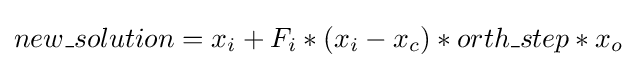
new\_solution=x_{i}+F_{i}*(x_{i}-x_{c})*orth\_step*x_{o}